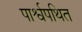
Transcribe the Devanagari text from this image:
पार्श्वपथित